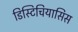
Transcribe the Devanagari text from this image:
डिस्टिचियासिस